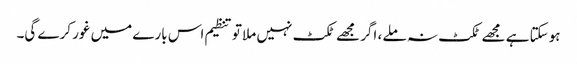
ہوسکتا ہے مجھے ٹکٹ نہ ملے ، اگر مجھے ٹکٹ نہیں ملا تو تنظیم اس بارے میں غور کرے گی۔